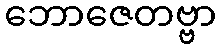
ဘောဇေတဗ္ဗာ